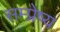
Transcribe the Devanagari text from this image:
सम्प्रेष्य